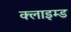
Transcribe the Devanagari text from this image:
क्लाइम्ड